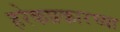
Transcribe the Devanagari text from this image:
हरेकप्रकारच्या